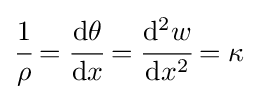
{\cfrac {1}{\rho }}={\cfrac {\mathrm {d} \theta }{\mathrm {d} x}}={\cfrac {\mathrm {d} ^{2}w}{\mathrm {d} x^{2}}}=\kappa